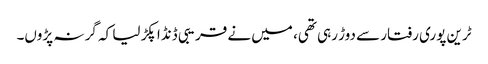
ٹرین پوری رفتار سے دوڑ رہی تھی، میں نے قریبی ڈنڈا پکڑ لیا کہ گر نہ پڑوں۔